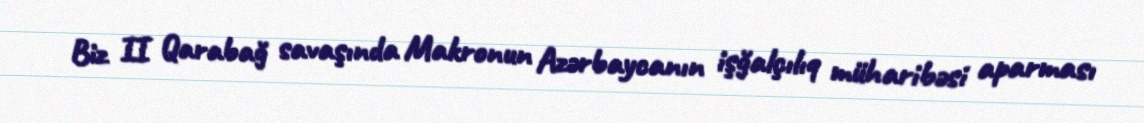
Biz II Qarabağ savaşında Makronun Azərbaycanın işğalçılıq müharibəsi aparması